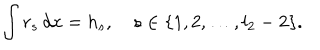
\int r _ { s } \, d x = h _ { s } , \quad s \in \{ 1 , 2 , \ldots , l _ { 2 } - 2 \} .